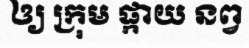
ឲ្យ ក្រុម ផ្កាយ នព្វ